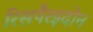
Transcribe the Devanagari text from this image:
रिसपैरइदोन